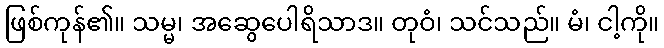
ဖြစ်ကုန်၏။ သမ္မ၊ အဆွေပေါရိသာဒ။ တုဝံ၊ သင်သည်။ မံ၊ ငါ့ကို။